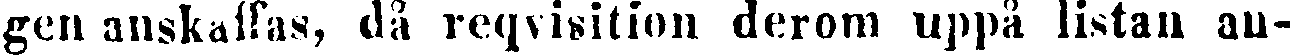
gen anskaffas, då reqvisition derom uppå listan an-